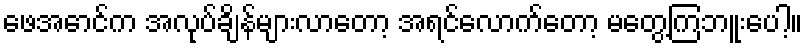
ဖေအောင်က အလုပ်ချိန်များလာတော့ အရင်လောက်တော့ မတွေ့ကြဘူးပေါ့။